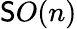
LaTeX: \mathsf{S}O(n)